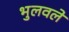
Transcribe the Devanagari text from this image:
भुलवले